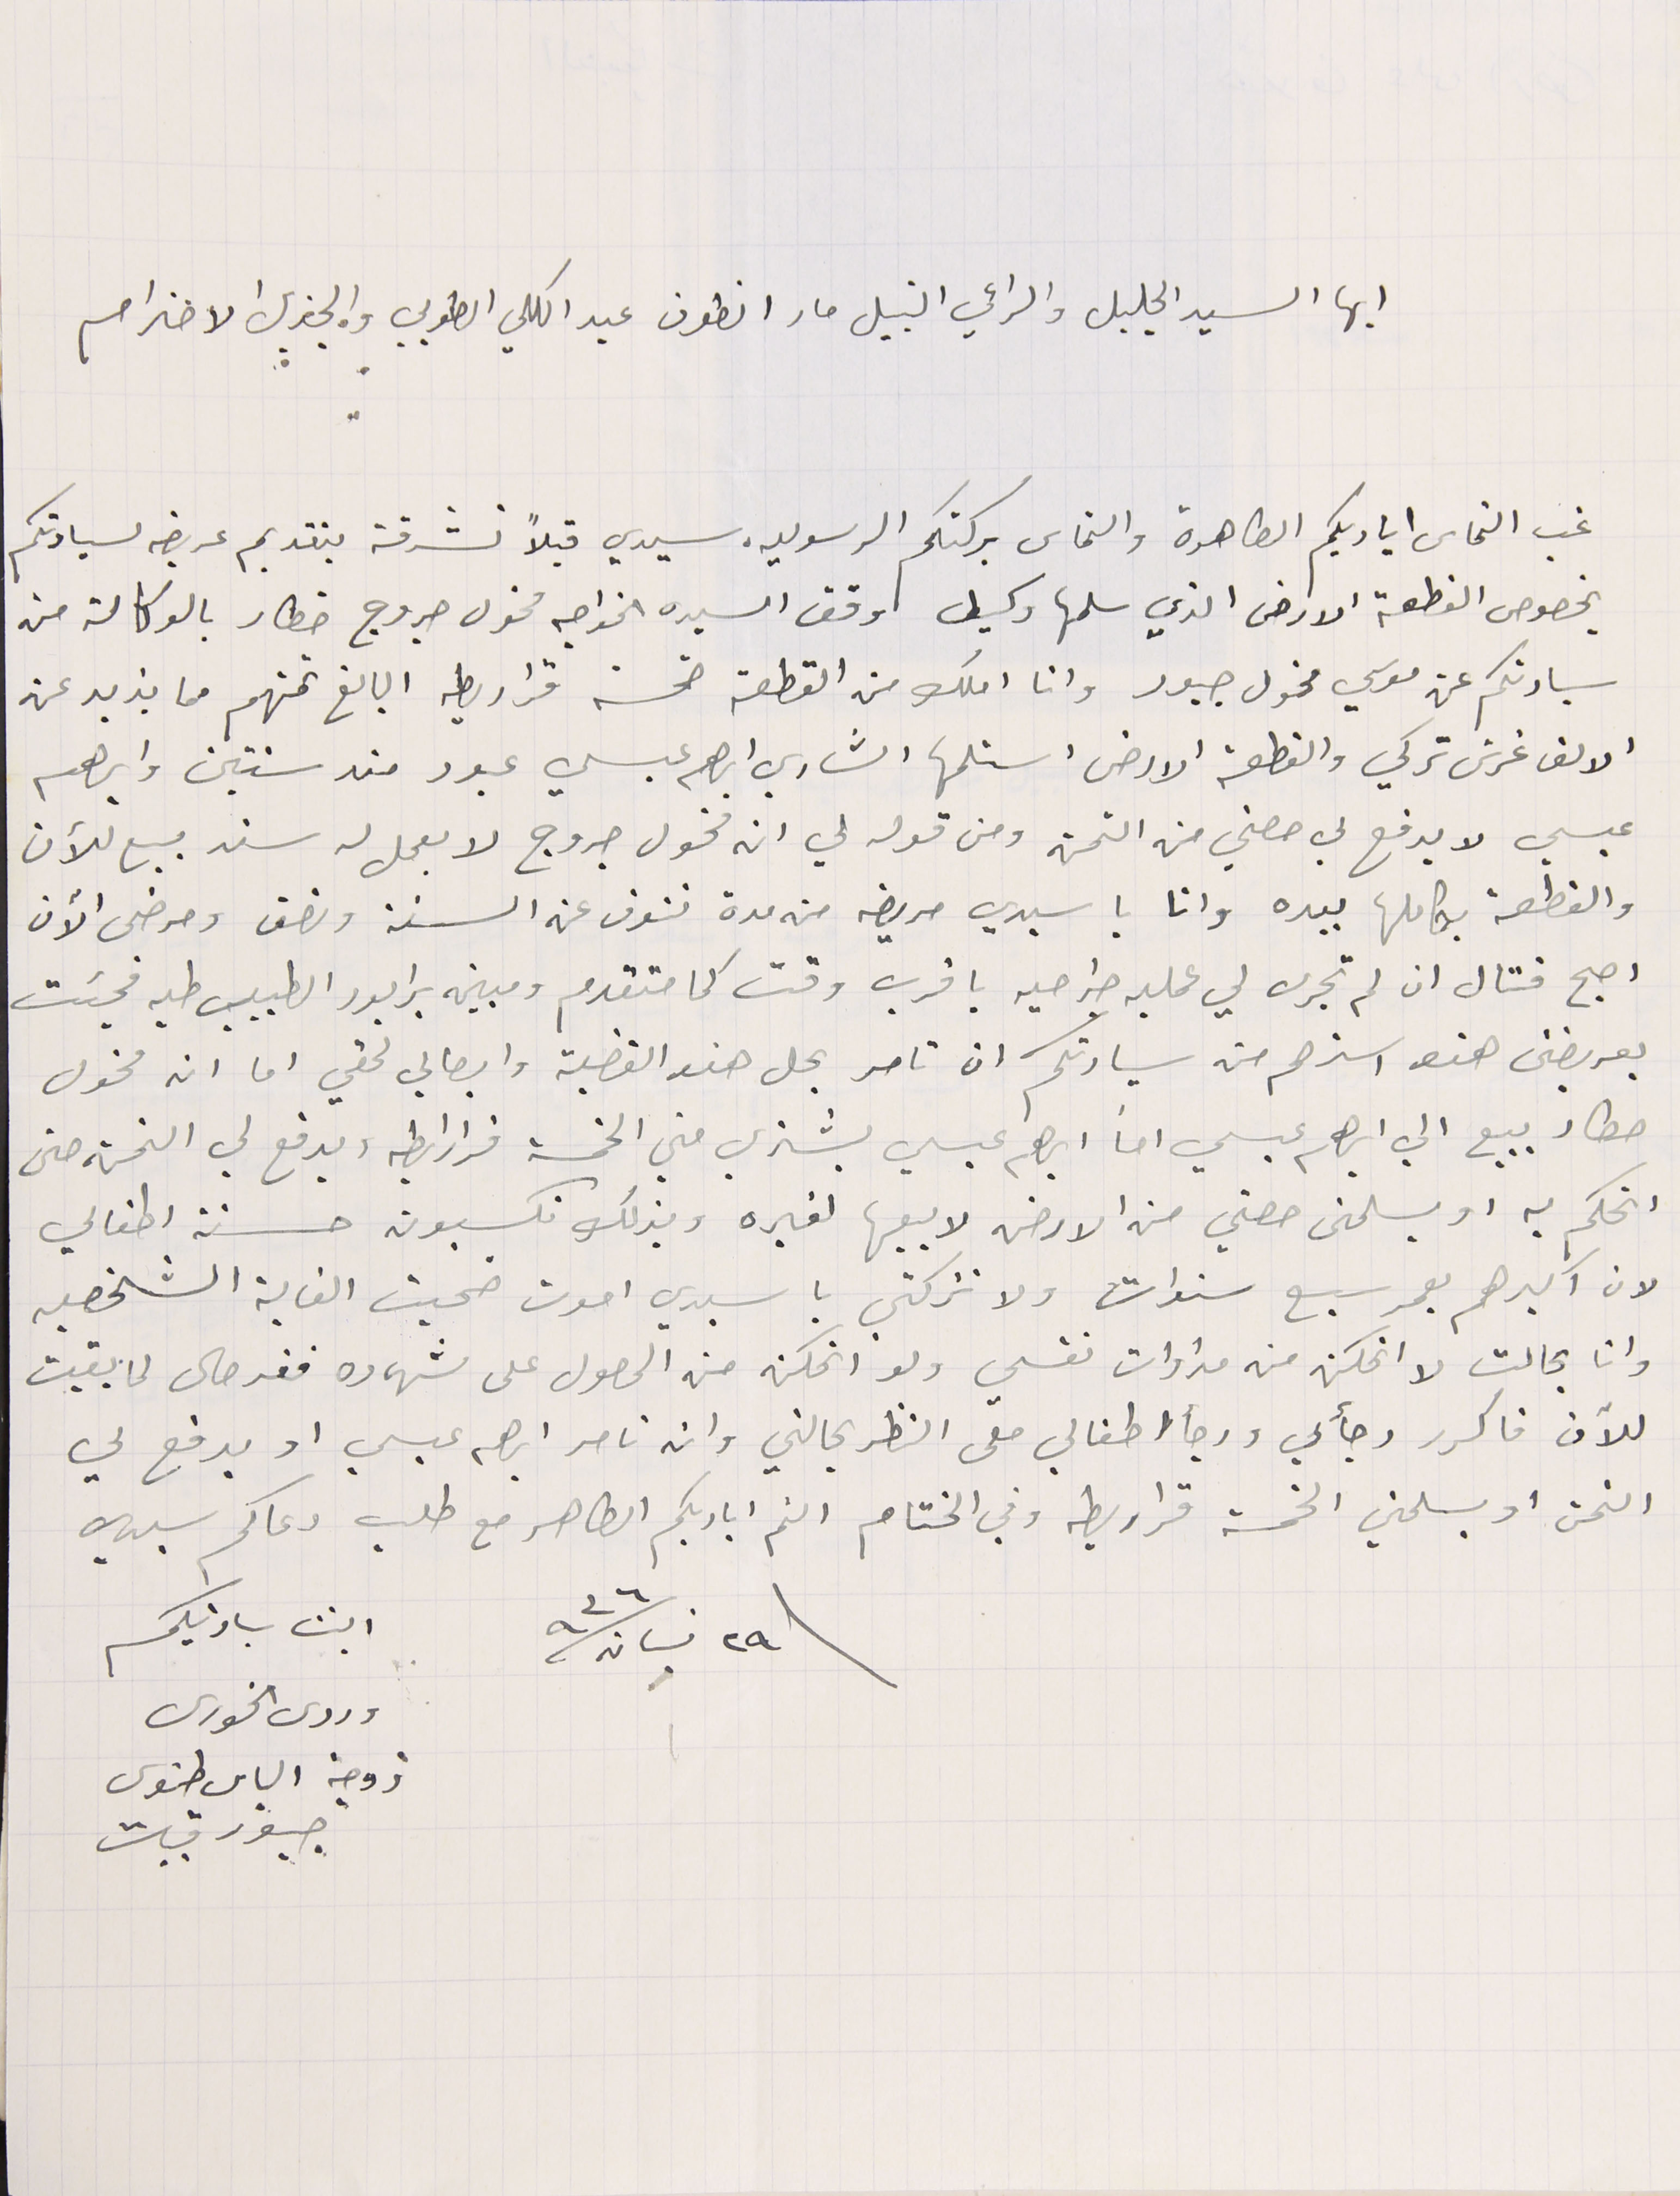
ايها السيد الجليل والراعي النبيل مار انطون عبد الكلي الطوبي والجزيل الاحترام
غب التماس اياديكم الطاهرة والتماس بركتكم الرسوليه. سيدي قبلاً تشرفة بتقديم عريضه لسيادتكم
بخصوص القطعة الارض الذي سلمها وكيل وقف السيده الخواجه مخول جروج خطار بالوكالة من
سيادتكم عن موسي مخول جبور وانا املك من القطعة خمسة قراريط البالغ ثمنهم مما يزيد عن
الالف غرش تركي والقطعة الارض استلمها الشاري إبرهيم عيسى عبود منذ سنتين وابرهىم
عيسي لا يدفع لي حصتي من الثمن ومن قوله لي ان مخول جروج لا يعمل له سند بيع للآن
والقطعة بكاملها بيده وانا يا سيدي مريض من مدة تنوف عن السنة ونصف ومرضى الآن
اصبح قتال ان لم تجرى لي عمليه جراحيه باقرب وقت كما متقدم ومبين برابور الطبيب طيه فجئت
بعريضتى هذه استرحم من سيادتكم ان تامر بحل هذه القضية وايصالي لحقي اما ان مخول
حطار يبيع الي ابرهىم عيسي اما ابرهىم عيسي يشتري مني الخمسة قرارايط ويدفع لي الخمسة حتى
انحكم به او يسلمنى حصتي من الارض لابيعها لغيره وبذلك تكسبون حسنة اطفالي
لان اكبرهم بعمر سيع سنوات ولا تتركتي يا سيدي اموت ضحيت الغاية الشخصيه
وانا بحالت لا اتمكن من مداوات نفسي ولا اتمكن من الحصول على شهاده فقر حال لما بقيت
للآن فاكرر رجائي ورجأ اطفالي ملى النظر بحالتي وان تامر ابرهىم عيسي او يدفع لي
التمن او يسلمني الخمسة قراريط وفي الختام الثم اياديكم الطاهر مع طلب دعاكم سيدي
ابنت سيادتيكم
وردى الخورى زوجة الياس طنوس جبور قبيات
٢٩ نيسان سنة ٩٣٦